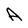
Character: A